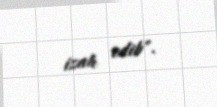
izah edib".